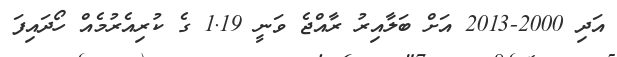
އަދި 2000-2013 އަށް ބަލާއިރު ރާއްޖެ ވަނީ 1.19 ގެ ކުރިއެރުމެއް ހޯދައިފަ